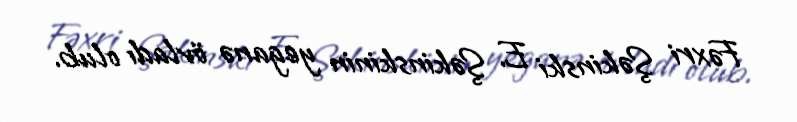
Fəxri Şəkinski E. Şəkinskinin yeganə övladı olub.